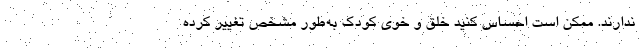
ندارند. ممکن است احساس کنید خلق و خوی کودک به‌طور مشخص تغییر کرده